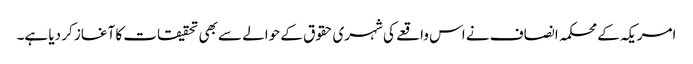
امریکہ کے محکمہ انصاف نے اس واقعے کی شہری حقوق کے حوالے سے بھی تحقیقات کا آغاز کر دیا ہے۔